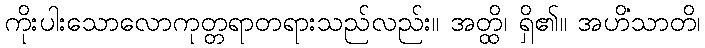
ကိုးပါးသောလောကုတ္တရာတရားသည်လည်း။ အတ္ထိ၊ ရှိ၏။ အဟိံသာတိ၊